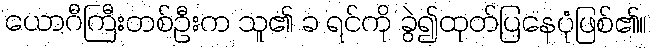
ယောဂီကြီးတစ်ဦးက သူ၏ ခ ရင်ကို ခွဲ၍ထုတ်ပြနေပုံဖြစ်၏။